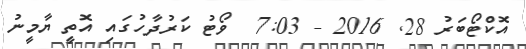
އޮކްޓޯބަރު 28